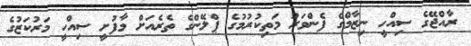
ރާއްޖޭގެ ސިއްހީ ނިޒާމްގެ ފެންވަރު މަތިކުރުމުގެ ޕްލޭންގެ ތެރެއަށް މާފުށީ ސިއްހީ މަރުކަޒުގެ